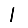
Digit: 1